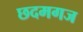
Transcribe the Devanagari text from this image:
छदमगज